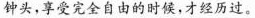
钟头，享受完全自由的时候，才经历过。